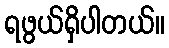
ရဖွယ်ရှိပါတယ်။